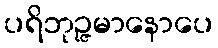
ပရိဘုဉ္ဇမာနောပေ